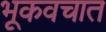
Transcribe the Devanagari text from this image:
भूकवचात